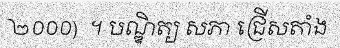
២០០០)  ។ បណ្ឌិត្យ សភា ជ្រើសតាំង